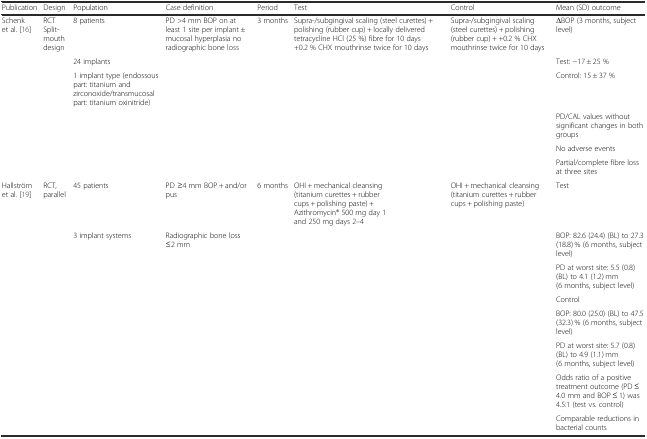
<table><thead><tr><td><b>Publication</b></td><td><b>Design</b></td><td><b>Population</b></td><td><b>Case definition</b></td><td><b>Period</b></td><td><b>Test</b></td><td><b>Control</b></td><td><b>Mean (SD) outcome</b></td></tr></thead><tbody><tr><td>Schenk et al. [16]</td><td>RCT Split-mouth design</td><td>8 patients</td><td>PD &gt;4 mm BOP on at least 1 site per implant ± mucosal hyperplasia no radiographic bone loss</td><td>3 months</td><td>Supra-/subgingival scaling (steel curettes) + polishing (rubber cup) + locally delivered tetracycline HCl (25 %) fibre for 10 days +0.2 % CHX mouthrinse twice for 10 days</td><td>Supra-/subgingival scaling (steel curettes) + polishing (rubber cup) + +0.2 % CHX mouthrinse twice for 10 days</td><td>ΔBOP (3 months, subject level)</td></tr><tr><td></td><td></td><td>24 implants</td><td></td><td></td><td></td><td></td><td>Test: −17 ± 25 %</td></tr><tr><td></td><td></td><td>1 implant type (endossous part: titanium and zirconoxide/transmucosal part: titanium oxinitride)</td><td></td><td></td><td></td><td></td><td>Control: 15 ± 37 %</td></tr><tr><td></td><td></td><td></td><td></td><td></td><td></td><td></td><td>PD/CAL values without significant changes in both groups</td></tr><tr><td></td><td></td><td></td><td></td><td></td><td></td><td></td><td>No adverse events</td></tr><tr><td></td><td></td><td></td><td></td><td></td><td></td><td></td><td>Partial/complete fibre loss at three sites</td></tr><tr><td>Hallström et al. [19]</td><td>RCT, parallel</td><td>45 patients</td><td>PD ≥4 mm BOP + and/or pus</td><td>6 months</td><td>OHI + mechanical cleansing (titanium curettes + rubber cups + polishing paste) + Azithromycin® 500 mg day 1 and 250 mg days 2–4</td><td>OHI + mechanical cleansing (titanium curettes + rubber cups + polishing paste)</td><td>Test</td></tr><tr><td></td><td></td><td>3 implant systems</td><td>Radiographic bone loss ≤2 mm</td><td></td><td></td><td></td><td>BOP: 82.6 (24.4) (BL) to 27.3 (18.8) % (6 months, subject level)</td></tr><tr><td></td><td></td><td></td><td></td><td></td><td></td><td></td><td>PD at worst site: 5.5 (0.8) (BL) to 4.1 (1.2) mm (6 months, subject level)</td></tr><tr><td></td><td></td><td></td><td></td><td></td><td></td><td></td><td>Control</td></tr><tr><td></td><td></td><td></td><td></td><td></td><td></td><td></td><td>BOP: 80.0 (25.0) (BL) to 47.5 (32.3) % (6 months, subject level)</td></tr><tr><td></td><td></td><td></td><td></td><td></td><td></td><td></td><td>PD at worst site: 5.7 (0.8) (BL) to 4.9 (1.1) mm (6 months, subject level)</td></tr><tr><td></td><td></td><td></td><td></td><td></td><td></td><td></td><td>Odds ratio of a positive treatment outcome (PD ≤ 4.0 mm and BOP ≤ 1) was 4.5:1 (test vs. control)</td></tr><tr><td></td><td></td><td></td><td></td><td></td><td></td><td></td><td>Comparable reductions in bacterial counts</td></tr></tbody></table>